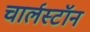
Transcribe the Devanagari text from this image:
चार्लस्टॉन